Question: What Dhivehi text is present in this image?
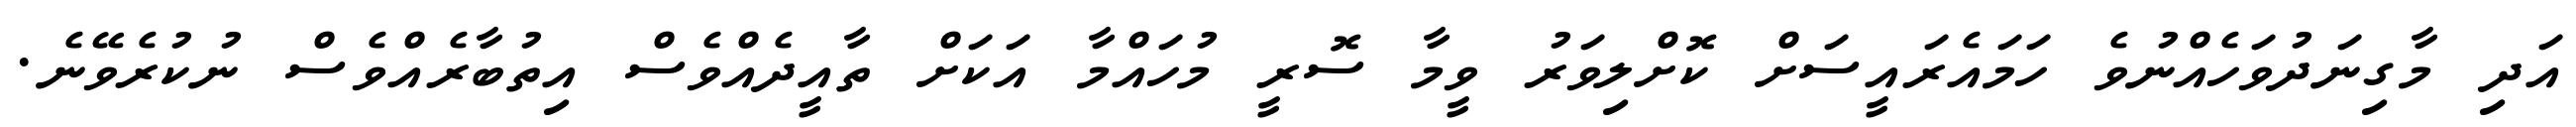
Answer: އަދި މާގިނަދުވަހެއްނުވެ ހަމައެރައީސަށް ކޮށްލިވަރު ވީމާ ސޮރީ މުހައްމާ އަކަށް ތާއީދެއްވެސް އިތުބާރެއްވެސް ނުކުރެވޭނެ.